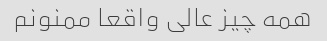
همه چیز عالی واقعا ممنونم